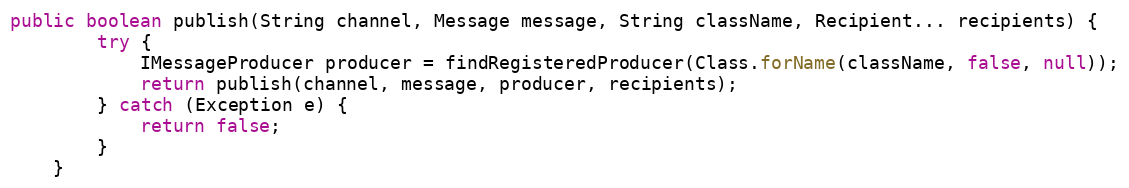
Language: Java
public boolean publish(String channel, Message message, String className, Recipient... recipients) {
        try {
            IMessageProducer producer = findRegisteredProducer(Class.forName(className, false, null));
            return publish(channel, message, producer, recipients);
        } catch (Exception e) {
            return false;
        }
    }